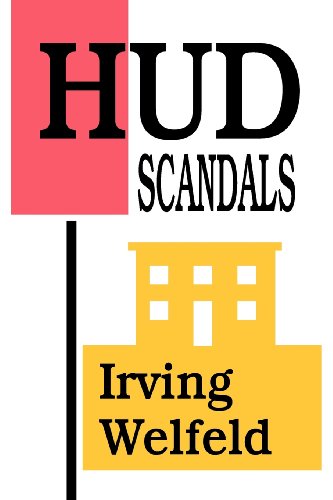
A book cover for HUD Scandals; Irving Welfeld; Law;